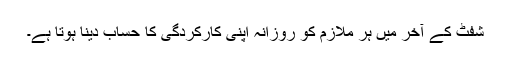
شِفٹ کے آخر میں ہر ملازم کو روزانہ اپنی کارکردگی کا حساب دینا ہوتا ہے۔